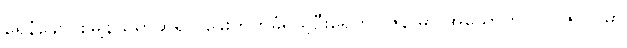
ရေနံချောင်းမြို့နယ်မှာဆိုရင် ခွေးကိုက်ခံရသူဦးရေဟာ ဇွန် မှာ အယောက် ၂၀၊ ဇူလိုင်မှာ